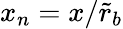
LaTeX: x_{n}=x/\tilde{r}_{b}